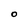
Character: O